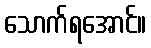
သောက်ရအောင်။